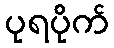
ပုရပိုက်